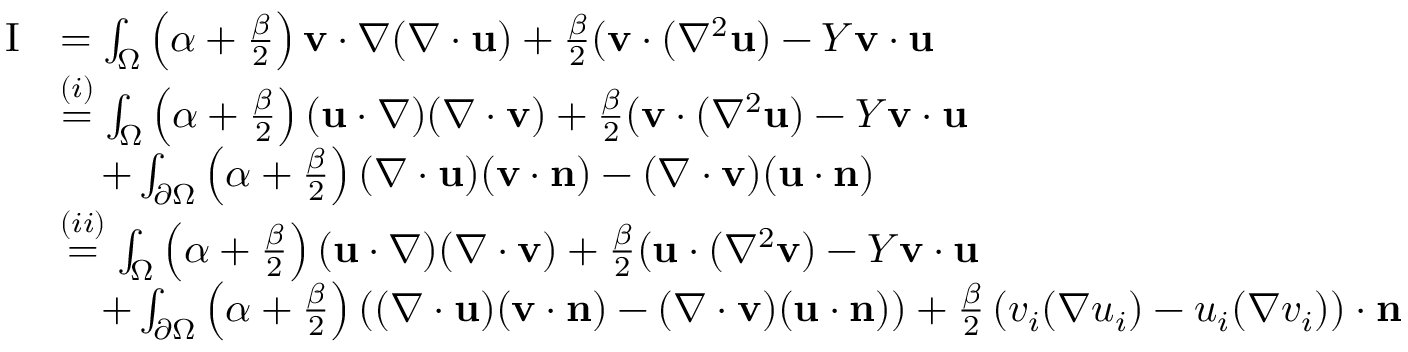
\begin{array} { r l } { \mathrm { I } } & { = \int _ { \Omega } \left( \alpha + \frac { \beta } { 2 } \right) \mathbf { v } \cdot \nabla ( \nabla \cdot \mathbf { u } ) + \frac { \beta } { 2 } ( \mathbf { v } \cdot ( \nabla ^ { 2 } \mathbf { u } ) - Y \mathbf { v } \cdot \mathbf { u } } \\ & { \overset { ( i ) } { = } \int _ { \Omega } \left( \alpha + \frac { \beta } { 2 } \right) ( \mathbf { u } \cdot \nabla ) ( \nabla \cdot \mathbf { v } ) + \frac { \beta } { 2 } ( \mathbf { v } \cdot ( \nabla ^ { 2 } \mathbf { u } ) - Y \mathbf { v } \cdot \mathbf { u } } \\ & { \quad + \int _ { \partial \Omega } \left( \alpha + \frac { \beta } { 2 } \right) ( \nabla \cdot \mathbf { u } ) ( \mathbf { v } \cdot \mathbf { n } ) - ( \nabla \cdot \mathbf { v } ) ( \mathbf { u } \cdot \mathbf { n } ) } \\ & { \overset { ( i i ) } { = } \int _ { \Omega } \left( \alpha + \frac { \beta } { 2 } \right) ( \mathbf { u } \cdot \nabla ) ( \nabla \cdot \mathbf { v } ) + \frac { \beta } { 2 } ( \mathbf { u } \cdot ( \nabla ^ { 2 } \mathbf { v } ) - Y \mathbf { v } \cdot \mathbf { u } } \\ & { \quad + \int _ { \partial \Omega } \left( \alpha + \frac { \beta } { 2 } \right) \left( ( \nabla \cdot \mathbf { u } ) ( \mathbf { v } \cdot \mathbf { n } ) - ( \nabla \cdot \mathbf { v } ) ( \mathbf { u } \cdot \mathbf { n } ) \right) + \frac { \beta } { 2 } \left( v _ { i } ( \nabla u _ { i } ) - u _ { i } ( \nabla v _ { i } ) \right) \cdot \mathbf { n } } \end{array}